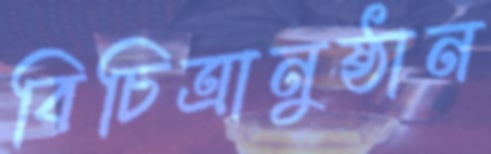
বিচিত্রানুষ্ঠান